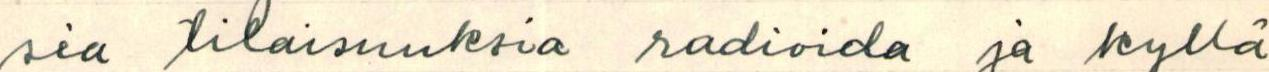
sia tilaisuuksia radioida ja kyllä